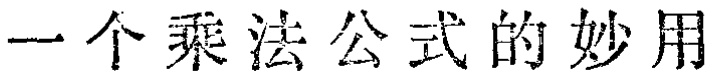
一个乘法公式的妙用